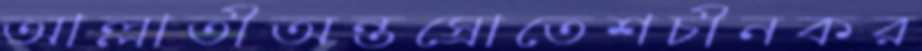
আল্লাতীঅন্তস্রোতেশচীনকর